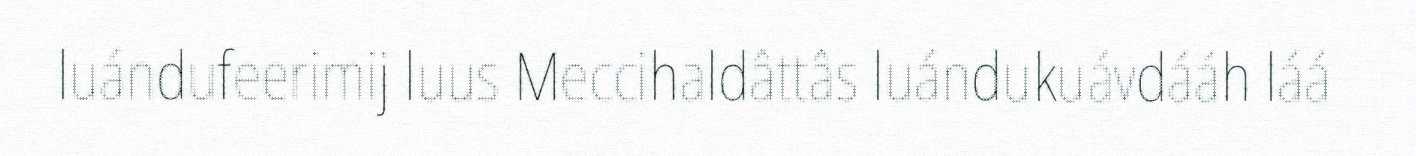
luándufeerimij luus Meccihaldâttâs luándukuávdááh láá